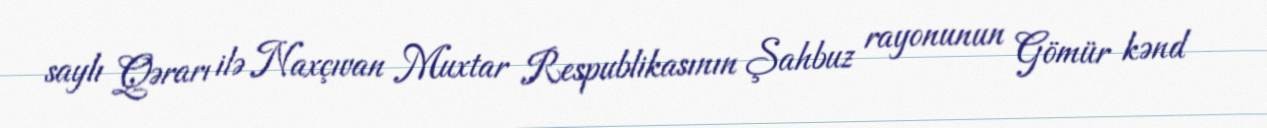
saylı Qərarı ilə Naxçıvan Muxtar Respublikasının Şahbuz rayonunun Gömür kənd